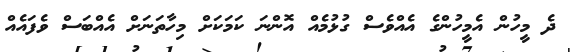
ދެ މީހުން އެމީހުންގެ އެއްވެސް ގުޅުމެއް އޮންނަ ކަމަކަށް މިހާތަނަށް އެއްބަސް ވެފައެއް